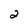
Character: 2